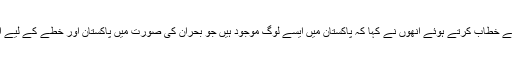
نیویارک میں ایشیا سوسائٹی کی تقریب سے خطاب کرتے ہوئے انھوں نے کہا کہ پاکستان میں ایسے لوگ موجود ہیں جو بحران کی صورت میں پاکستان اور خطے کے لیے ایک لائبیلیٹی یا بوجھ ثابت ہو سکتے ہیں۔